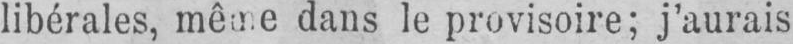
libérales, mêne dans le provisoire; j’aurais